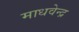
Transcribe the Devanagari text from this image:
माधवेन्द्र